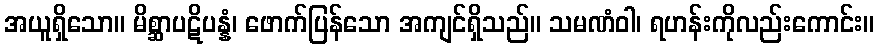
အယူရှိသော။ မိစ္ဆာပဋိပန္နံ၊ ဖောက်ပြန်သော အကျင်ရှိသည်။ သမဏံဝါ၊ ရဟန်းကိုလည်းကောင်း။